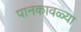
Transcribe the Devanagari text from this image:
पानकावळ्या